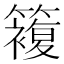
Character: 𥵩